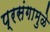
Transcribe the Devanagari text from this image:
प्रसंगामुळे